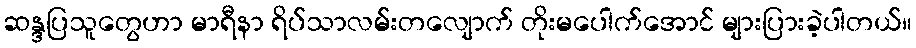
ဆန္ဒပြသူတွေဟာ မာရီနာ ရိပ်သာလမ်းတလျောက် တိုးမပေါက်အောင် များပြားခဲ့ပါတယ်။